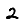
Digit: 2